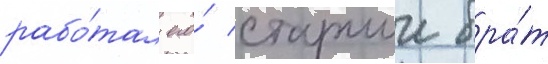
рабо́тал его́ старшии бра́т